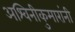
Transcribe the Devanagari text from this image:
अश्विनीकुमारांनी